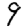
Digit: 9